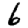
Digit: 6